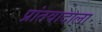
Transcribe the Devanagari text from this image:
प्रांतवादाला